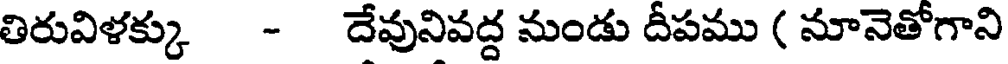
తిరువిళక్కు - దేవునివద్ద నుండు దీపము ( నూనెతోగాని